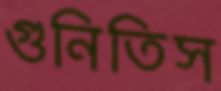
গুনিতিস